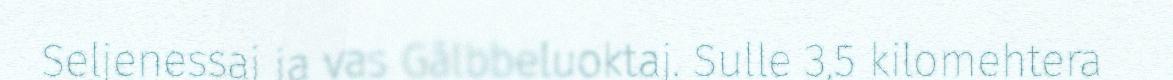
Seljenessaj ja vas Gálbbeluoktaj. Sulle 3,5 kilomehtera